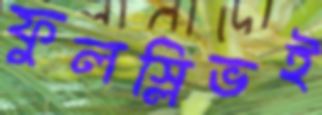
ফুলস্লিভই